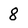
Character: 8